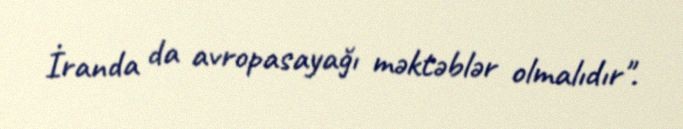
İranda da avropasayağı məktəblər olmalıdır".